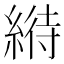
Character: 𦃀